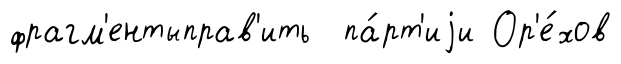
фрагм'ентыправ'ить па́рт'иjи Ор'е́хов